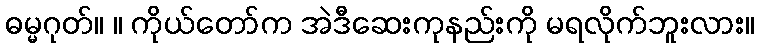
ဓမ္မဂုတ်။ ။ ကိုယ်တော်က အဲဒီဆေးကုနည်းကို မရလိုက်ဘူးလား။